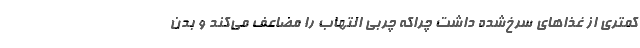
کمتری از غذاهای سرخ‌شده داشت چراکه چربی التهاب را مضاعف می‌کند و بدن